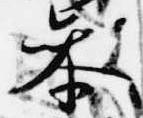
参